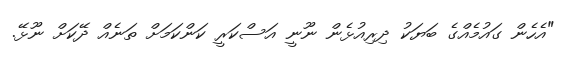
"އެހެން ގައުމެއްގެ ބަޔަކު ދިރިއުޅެން ނޫނީ އަސްކަރީ ކަންކަމަށް ތަނެއް ދޭކަށް ނޫޅޭ.